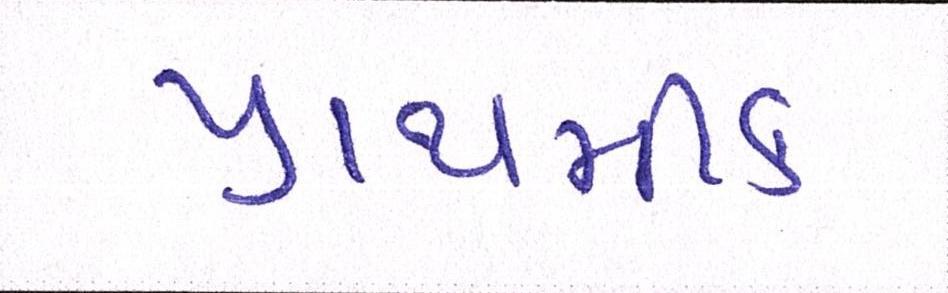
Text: પ્રાથમીક